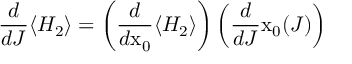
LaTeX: \frac { d } { d J } \langle H _ { 2 } \rangle = \left( \frac { d } { d \mathrm { x } _ { 0 } } \langle H _ { 2 } \rangle \right) \left( \frac { d } { d J } \mathrm { x } _ { 0 } ( J ) \right)